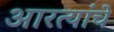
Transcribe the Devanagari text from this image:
आरत्यांचे